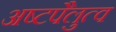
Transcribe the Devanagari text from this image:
अष्टपैलुत्व